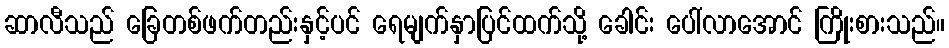
ဆာလီသည် ခြေတစ်ဖက်တည်းနှင့်ပင် ရေမျက်နှာပြင်ထက်သို့ ခေါင်း ပေါ်လာအောင် ကြိုးစားသည်။